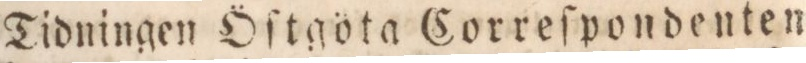
Tidningen Öſtgöta Correſpondenten